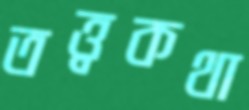
তত্ত্বকথা